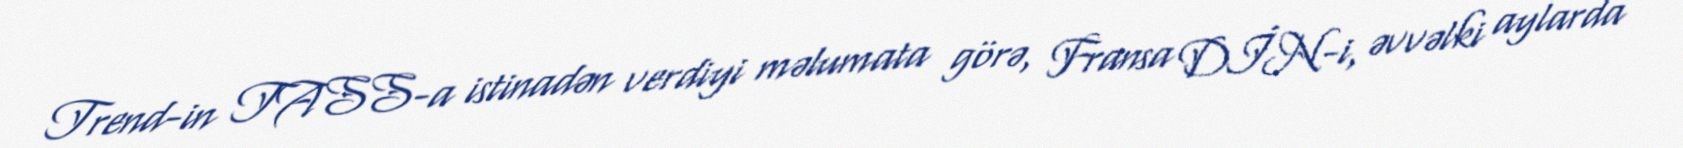
Trend-in TASS-a istinadən verdiyi məlumata görə, Fransa DİN-i, əvvəlki aylarda